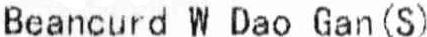
BEANCURD W DAO GAN (S)